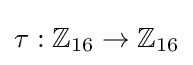
\tau :\mathbb {Z} _{16}\rightarrow \mathbb {Z} _{16}